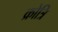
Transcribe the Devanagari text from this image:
क्रोत्रि